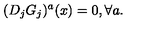
( D _ { j } G _ { j } ) ^ { a } ( x ) = 0 , \forall a .